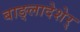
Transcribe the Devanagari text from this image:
बाङ्लादेशेर्